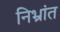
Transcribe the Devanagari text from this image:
निभ्रांत